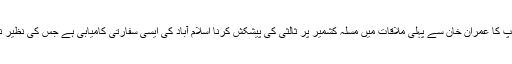
صدر ٹرمپ کا عمران خان سے پہلی ملاقات میں مسلہ کشمیر پر ثالثی کی پیشکش کرنا اسلام آباد کی ایسی سفارتی کامیابی ہے جس کی نظیر نہیں ملتی ۔